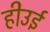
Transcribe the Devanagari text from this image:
हीउई